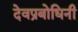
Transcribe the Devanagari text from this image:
देवप्रबोधिनी